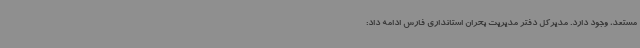
مستعد، وجود دارد. مدیرکل دفتر مدیریت بحران استانداری فارس ادامه داد: